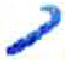
אות: ב